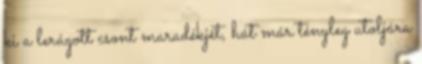
ki a lerágott csont maradékjét, hát már tényleg utoljára